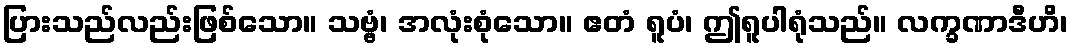
ပြားသည်လည်းဖြစ်သော။ သဗ္ဗံ၊ အလုံးစုံသော။ ဧတံ ရူပံ၊ ဤရူပါရုံသည်။ လက္ခဏာဒီဟိ၊